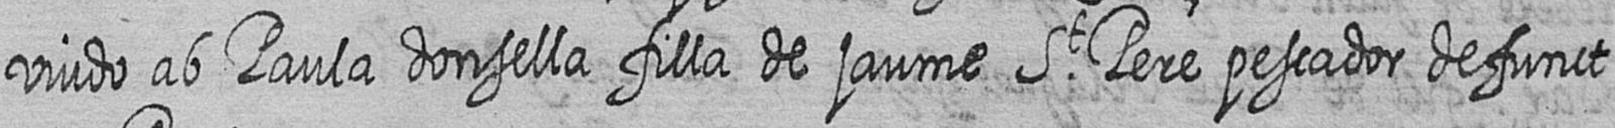
viudo ab Paula donsella filla de jaume St Pere pescador defunct